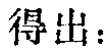
得出：